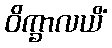
ဝိက္ခာလယိံ